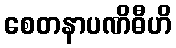
စေတနာပဏိဓီဟိ